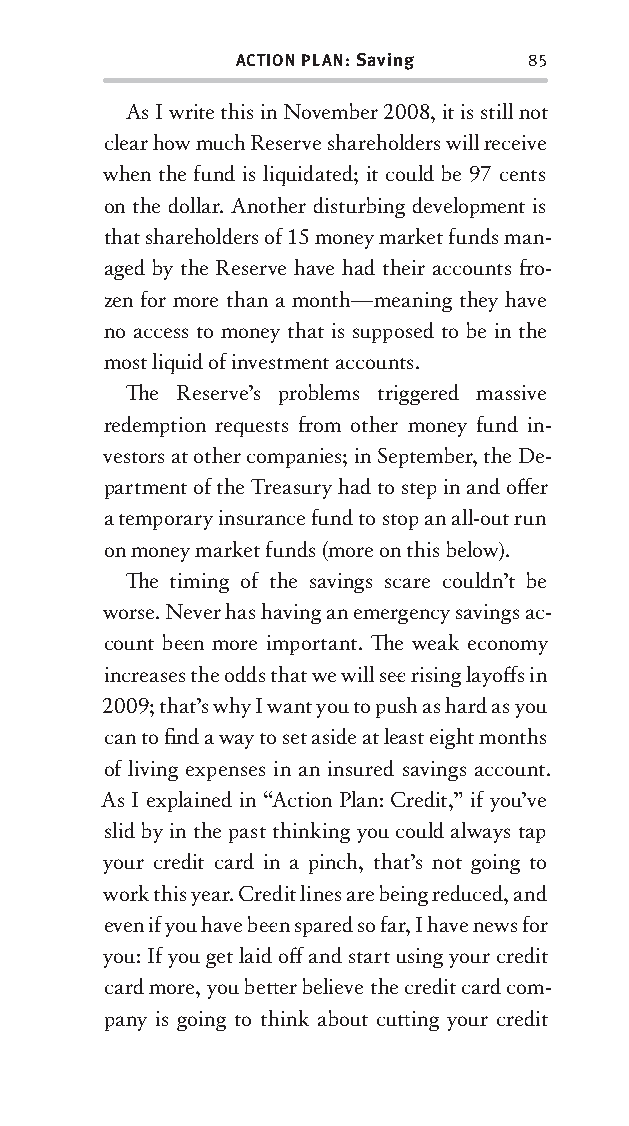
ACTION PLAN: Saving 85
 As I write this in November 2008, it is still not
 clear how much Reserve shareholders will receive
 when the fund is liquidated; it could be 97 cents
 on the dollar. Another disturbing development is
 that shareholders of 15 money market funds man-
 aged by the Reserve have had their accounts fr o-
 zen for more than a month—meaning they have
 no access to money that is supposed to be in the
 most liquid of investment accounts.
 Th e Reserve’s problems triggered massive
 redemption requests fr om other money fund in-
 vestors at other companies; in September, the De-
 partment of the Treasury had to step in and off er
 a temporary insurance fund to stop an all-out run
 on money market funds (more on this below).
 Th e timing of the savings scare couldn’t be
 worse. Never has having an emergency savings ac-
 count bee n more important. Th e weak economy
 increases the odds that we will see rising layoff s in
 2009; that’s why I want you to push as hard as you
 can to fi nd a way to set aside at least eight months
 of living expenses in an insured savings account.
 As I explained in “Action Plan: Credit,” if you’ve
 slid by in the past thinking you could always tap
 your credit card in a pinch, that’s not going to
 work this year. Credit lines are being reduced, and
 even if you have bee n spared so far, I have news for
 you: If you get laid off and start using your credit
 card more, you bett er believe the credit card com-
 pany is going to think about cutt ing your credit
 OOrrmmaa__99778800338855553300993344__44pp__aallll__rr11..iinndddd 8855 1122//33//0088 99::3311::1155 AAMM